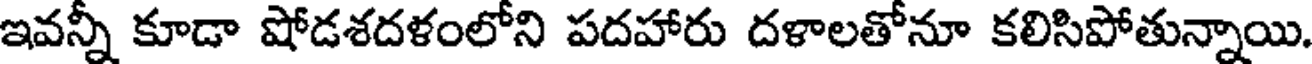
ఇవన్నీ కూడా షోడశదళంలోని పదహారు దళాలతోనూ కలిసిపోతున్నాయి.